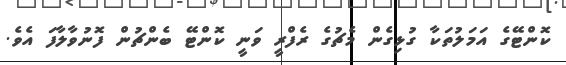
ކޮންޓޭގެ އަމަލުތަކާ ގުޅިގެން މެޗުގެ ރެފްރީ ވަނީ ކޮންޓޭ ބެންޗުން ފޮނުވާލާފަ އެވެ.